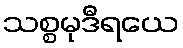
သစ္စမုဒီရယေ